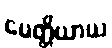
မေတ္တိယာယ